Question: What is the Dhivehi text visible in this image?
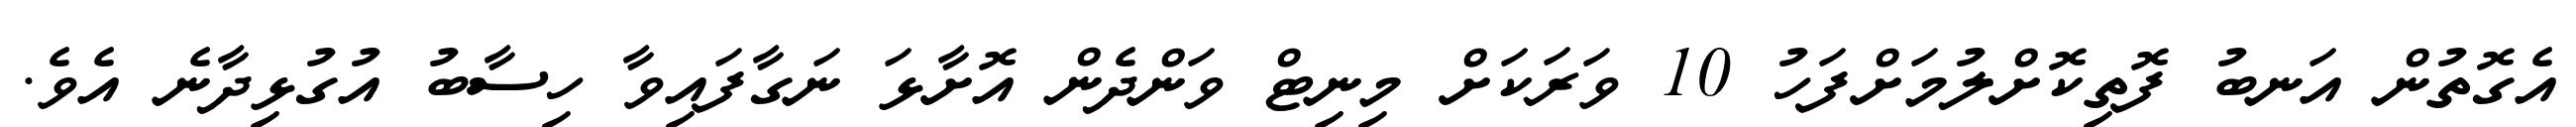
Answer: އެގޮތުން އަނބު ފޮތިކޮށްލުމަށްފަހު 10 ވަރަކަށް މިނިޓް ވަންދެން އޮށާޅަ ނަގާފައިވާ ހިސާބު އުގުޅިދާނެ އެވެ.